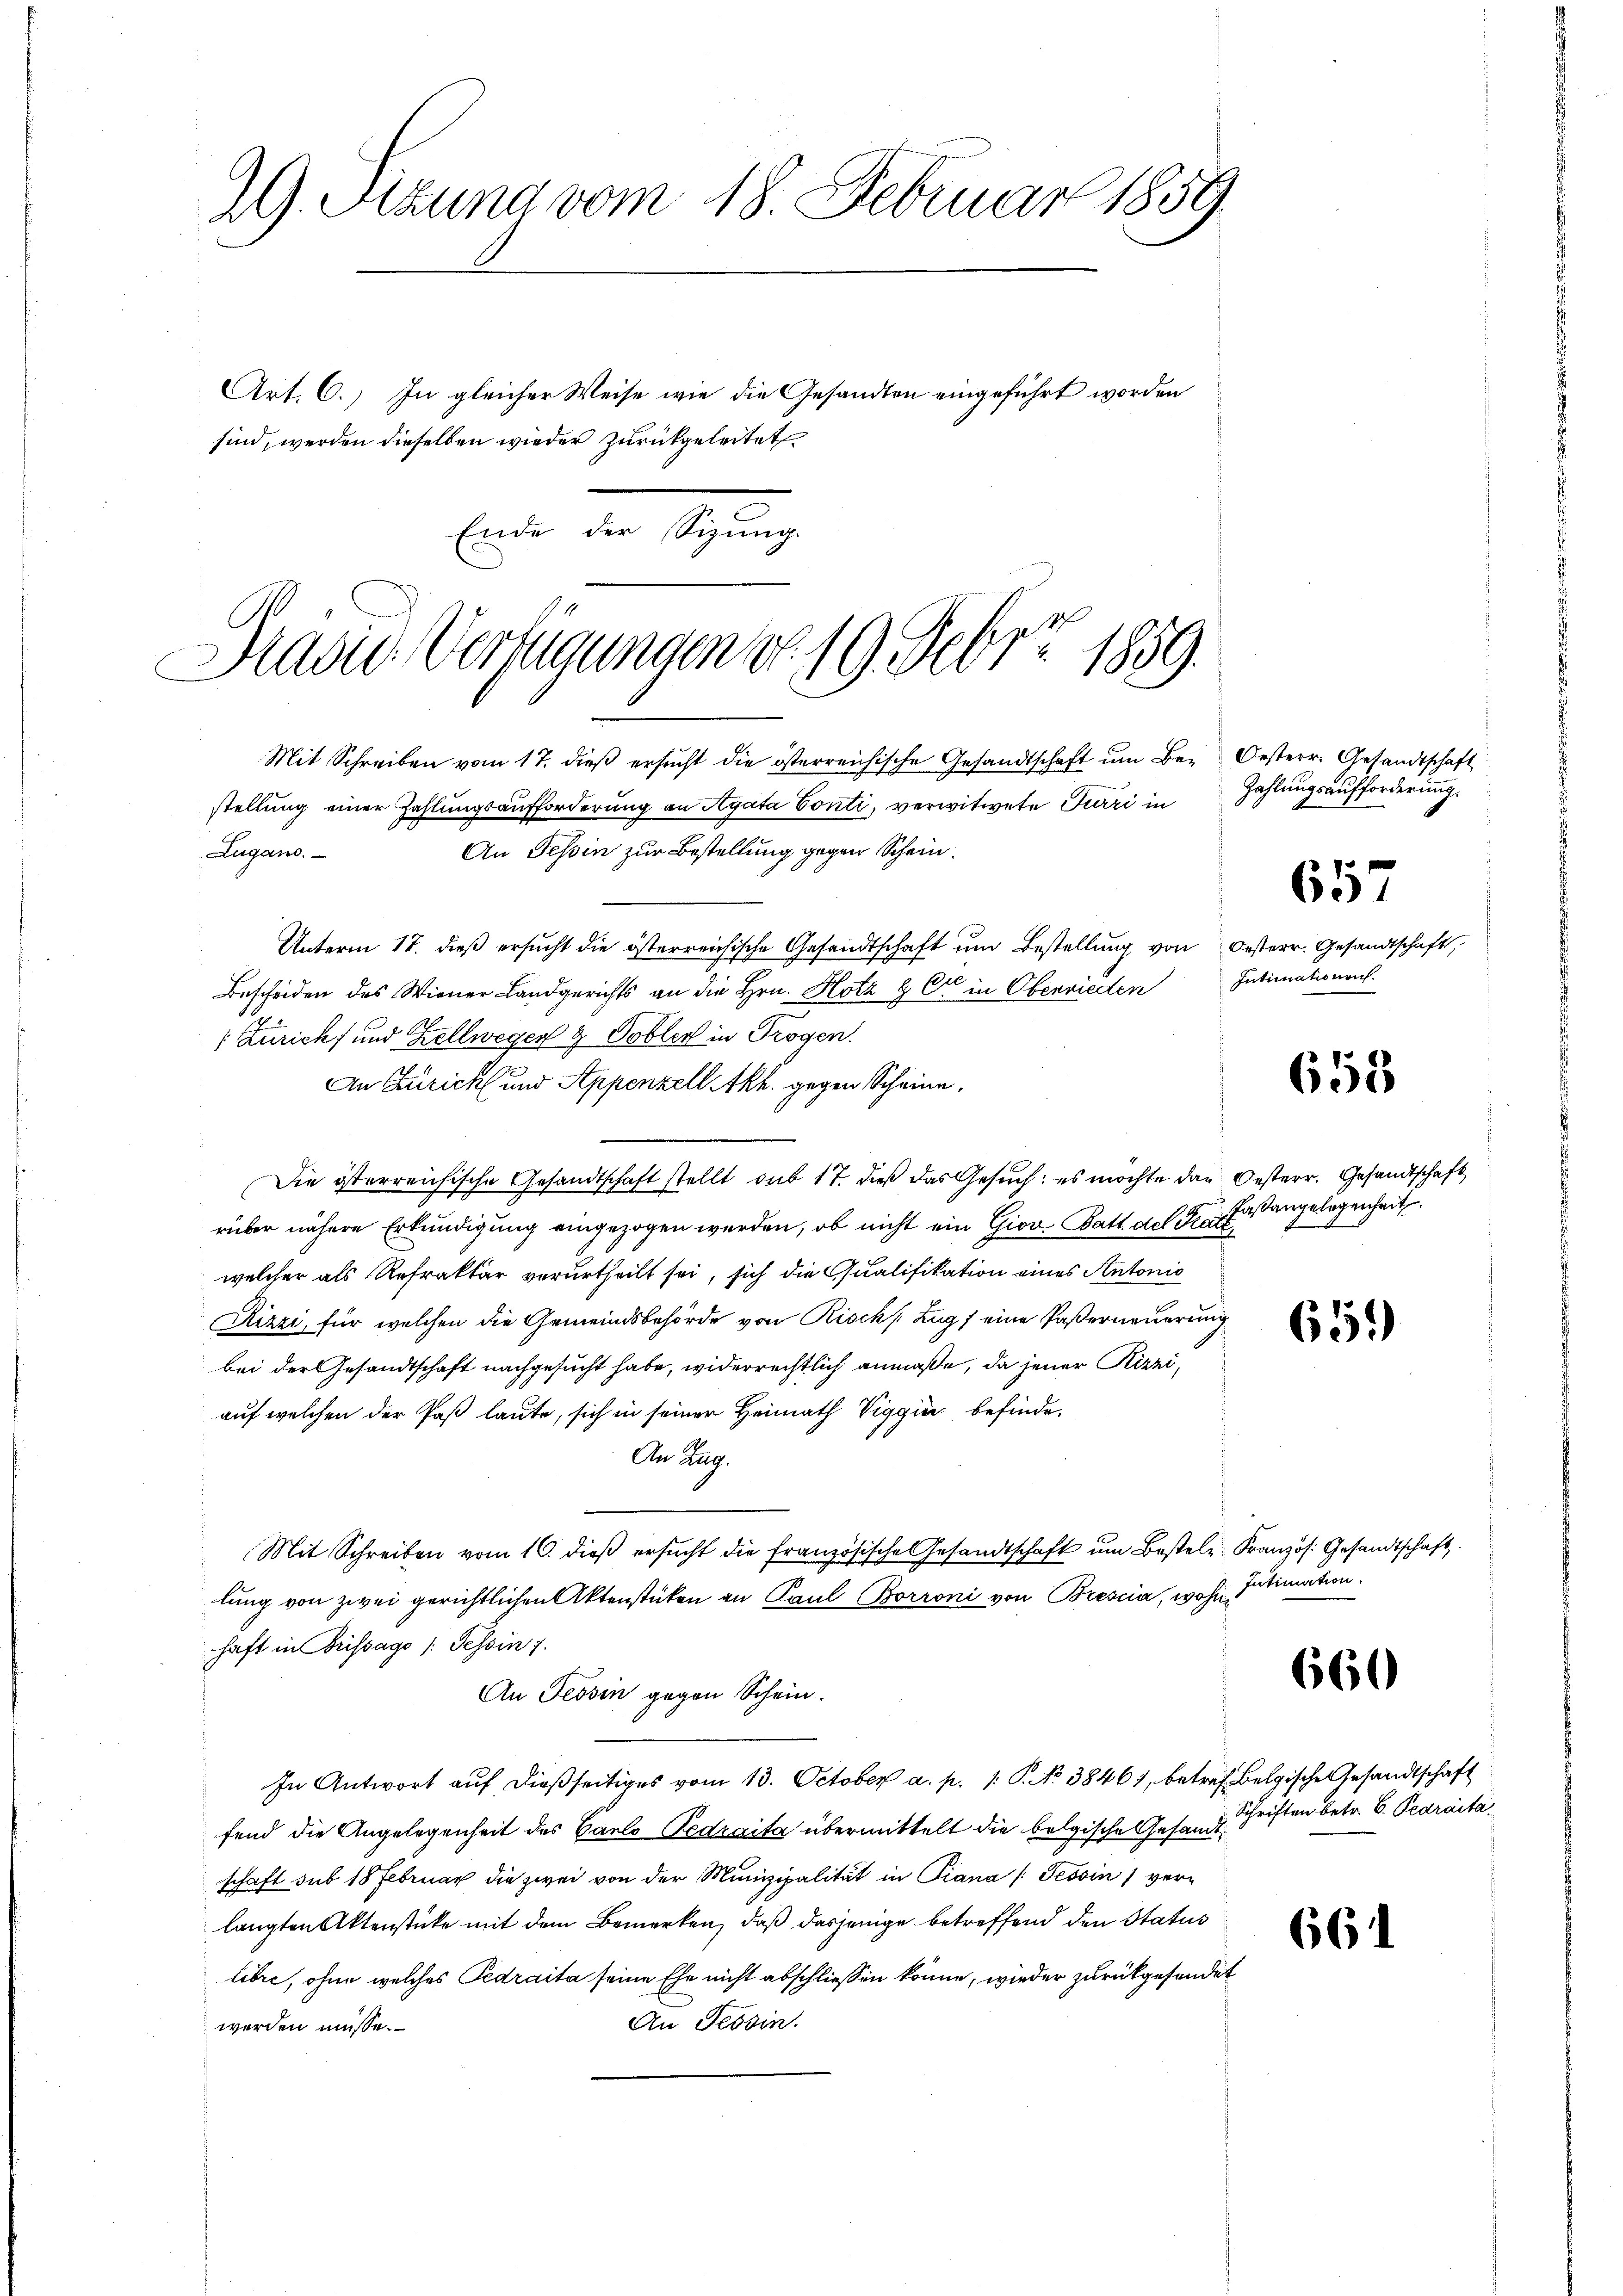
Ende der Sizung.

29. Sitzung vom 18. Februar 1859
Art. C.) In gleicher Weise wie die Gesandten eingeführt worden
sind, werden dieselben wieder zurückgeleitet

David Verfügungen No. 19. Febr. 1859.
.

Mit Schreiben vom 17. dieß ersucht die österreichische Gesandtschaft um Bez. Oesterr. Gesandtschaft
stellung einer Zahlungsaufforderung an Agata Conti, verwitwete Furri in
An Tessin zur Bestellung gegen Schein.
Zugano.
Unterm 17. dieß ersucht die österreichische Gesandtschaft ŭm Bestellung von Oesterr. Gesandtschaft,
Bescheiden des Wiener Landgerichts an die Hrn. Hotz & Cie in Oberwieden
 Züricht und Zellwegen & Tobler in Trogen.
An Züricht und Appenzell Akh. gegen Scheine,
Die österreichische Gesandtschaft stellt sub 17. dieß das Gesŭch: es möchte das Oesterr. Gesandtschaft
rüber nähere Erkundigung eingezogen werden, ob nicht ein Giov Batt. des Katt
welcher als Refrakter verurtheilt sei, sich die Qualifikation eines Antonio
Rizzi, für welchen die Gemeindsbehörde von Risch (Zug / eine Paserneuerung
bei der Gesandtschaft nachgesucht habe, widerrechtlich anmaße, da jener Kizzi,
auf welchen der Paß laute, sich in seiner Heimath Viggini befinde.
An Zug.
Mit Schreiben vom 10. dieβ ersŭcht die französische Gesandtschaft ŭm Bestele Kranzös. Gesandtschaft
lung von zwei gerichtlichen Aktenstücken an Paul Borroni von Brescia, wohin
haft in Brissage /: Tessin 7.
An Tessin gegen Schein.
In Antwort aŭf dießseitiges vom 13. October a. p. 1. P. Nr. 3846), betref Belgische Gesandtschaft
fend die Angelegenheit des Carlo Pedraita übermittelt die belgische Gesandtschaft sub 18 Februar die zwei von der Munizipalität in Piana (Tessin verlangten Aktenstücke mit dem Bemerken, daß dasjenige betreffend den Status
libre, ohne welches Pedraita seine Ehe nicht abschliessen könne, wieder zurückgesendet
An Tessin.
werden müsse.

Zahlungsaufforderung.

657

Intimationen.

658

Faßangelegenheit.

65.)

Intimation.

660

661

Schriften betr. 6. Pearaita